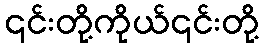
၎င်းတို့ကိုယ်၎င်းတို့